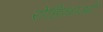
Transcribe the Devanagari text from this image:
रोहिल्लाओं